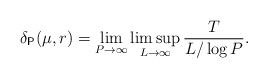
LaTeX: \begin{align*}\delta_{\mathsf{P}}(\mu,r) = \lim_{P\rightarrow \infty} \limsup_{L\rightarrow \infty} \frac{T}{L/\log P}.\end{align*}